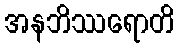
အနဘိဿရောတိ